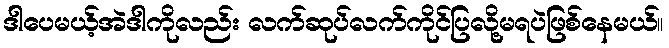
ဒါပေမယ့်အဲဒါကိုလည်း လက်ဆုပ်လက်ကိုင်ပြလို့မရပဲဖြစ်နေမယ်။